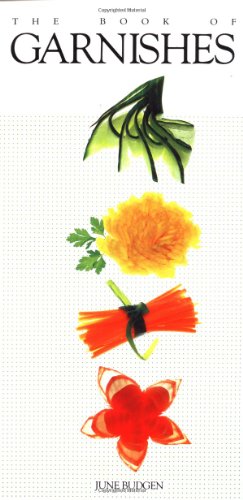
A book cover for The Book of Garnishes; June Budgen; Cookbooks, Food & Wine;